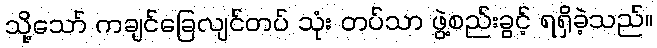
သို့သော် ကချင်ခြေလျင်တပ် သုံး တပ်သာ ဖွဲ့စည်းခွင့် ရရှိခဲ့သည်။